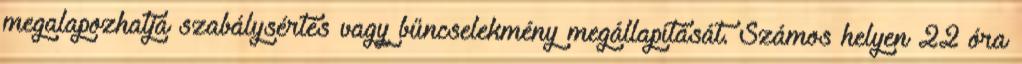
megalapozhatja szabálysértés vagy bűncselekmény megállapítását. Számos helyen 22 óra